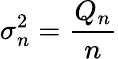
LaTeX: \sigma_{n}^{2}={\frac{Q_{n}}{n}}